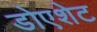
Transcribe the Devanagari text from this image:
डोएशेट